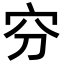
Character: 𡧋